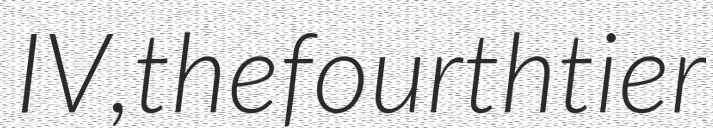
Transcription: IV, the fourth tier